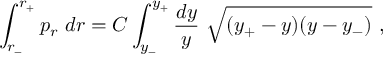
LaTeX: \int _ { r _ { - } } ^ { r _ { + } } p _ { r } \ d r = C \int _ { y _ { - } } ^ { y _ { + } } { \frac { d y } { y } } \ \sqrt { ( y _ { + } - y ) ( y - y _ { - } ) } \ ,